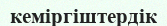
кеміргіштердік